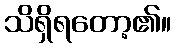
သိရှိရတော့၏။